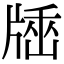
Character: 𤗠